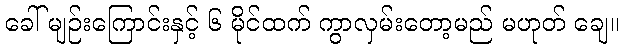
ခေါ် မျဉ်းကြောင်းနှင့် ၆ မိုင်ထက် ကွာလှမ်းတော့မည် မဟုတ် ချေ။